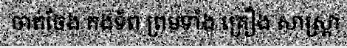
ចាត់ចែង កងទ័ព ព្រមទាំង គ្រឿង សាស្ត្រា